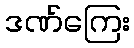
ဒဏ်ကြေး